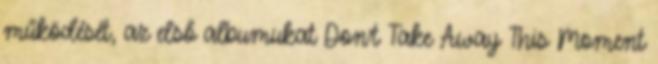
működését, az első albumukat Don’t Take Away This Moment